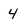
Character: 4